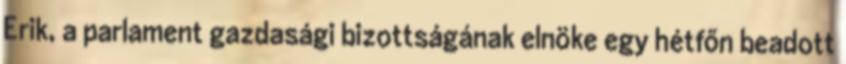
Erik, a parlament gazdasági bizottságának elnöke egy hétfőn beadott